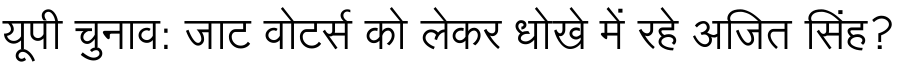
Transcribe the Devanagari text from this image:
यूपी चुनाव: जाट वोटर्स को लेकर धोखे में रहे अजित सिंह?